Indian journal of veterinary science and animal husbandry - Volume 8,
Year: 1938
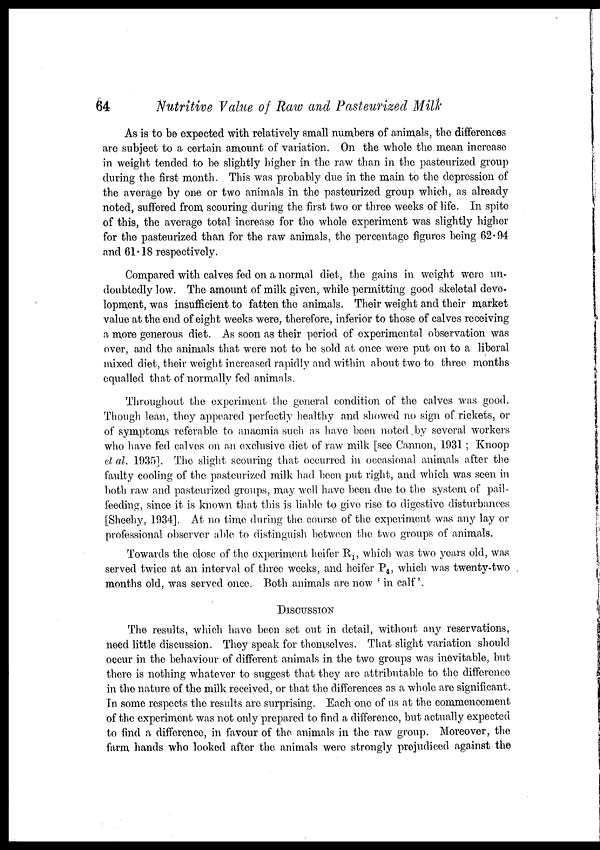
64
Nutritive Value of Raw and Pasteurized Milk
As is to be expected with relatively small numbers of animals, the differences
are subject to a certain amount of variation. On the whole the mean increase
in weight tended to be slightly higher in the raw than in the pasteurized group
during the first month. This was probably due in the main to the depression of
the average by one or two animals in the pasteurized group which, as already
noted, suffered from scouring during the first two or three weeks of life. In spite
of this, the average total increase for the whole experiment was slightly higher
for the pasteurized than for the raw animals, the percentage figures being 62.94
and 61.18 respectively.
Compared with calves fed on a normal diet, the gains in weight were un-
doubtedly low. The amount of milk given, while permitting good skeletal deve-
lopment, was insufficient to fatten the animals. Their weight and their market
value at the end of eight weeks were, therefore, inferior to those of calves receiving
a more generous diet. As soon as their period of experimental observation was
over, and the animals that were not to be sold at once were put on to a liberal
mixed diet, their weight increased rapidly and within about two to three months
equalled that of normally fed animals.
Throughout the experiment the general condition of the calves was good.
Though lean, they appeared perfectly healthy and showed no sign of rickets, or
of symptoms referable to anaemia such as have been noted by several workers
who have fed calves on an exclusive diet of raw milk [see Cannon, 1931 ; Knoop
et al. 1935]. The slight scouring that occurred in occasional animals after the
faulty cooling of the pasteurized milk had been put right, and which was seen in
both raw and pasteurized groups, may well have been due to the system of pail-
feeding, since it is known that this is liable to give rise to digestive disturbances
[Sheehy, 1934]. At no time during the course of the experiment was any lay or
professional observer able to distinguish between the two groups of animals.
Towards the close of the experiment heifer R l , which was two years old, was
served twice at an interval of three weeks, and heifer P 4 , which was twenty-two
months old, was served once. Both animals are now ' in calf '.
DISCUSSION
The results, which have been set out in detail, without any reservations,
need little discussion. They speak for themselves. That slight variation should
occur in the behaviour of different animals in the two groups was inevitable, but
there is nothing whatever to suggest that they are attributable to the difference
in the nature of the milk received, or that the differences as a whole are significant.
In some respects the results are surprising. Each one of us at the commencement
of the experiment was not only prepared to find a difference, but actually expected
to find a difference, in favour of the animals in the raw group. Moreover, the
farm hands who looked after the animals were strongly prejudiced against the